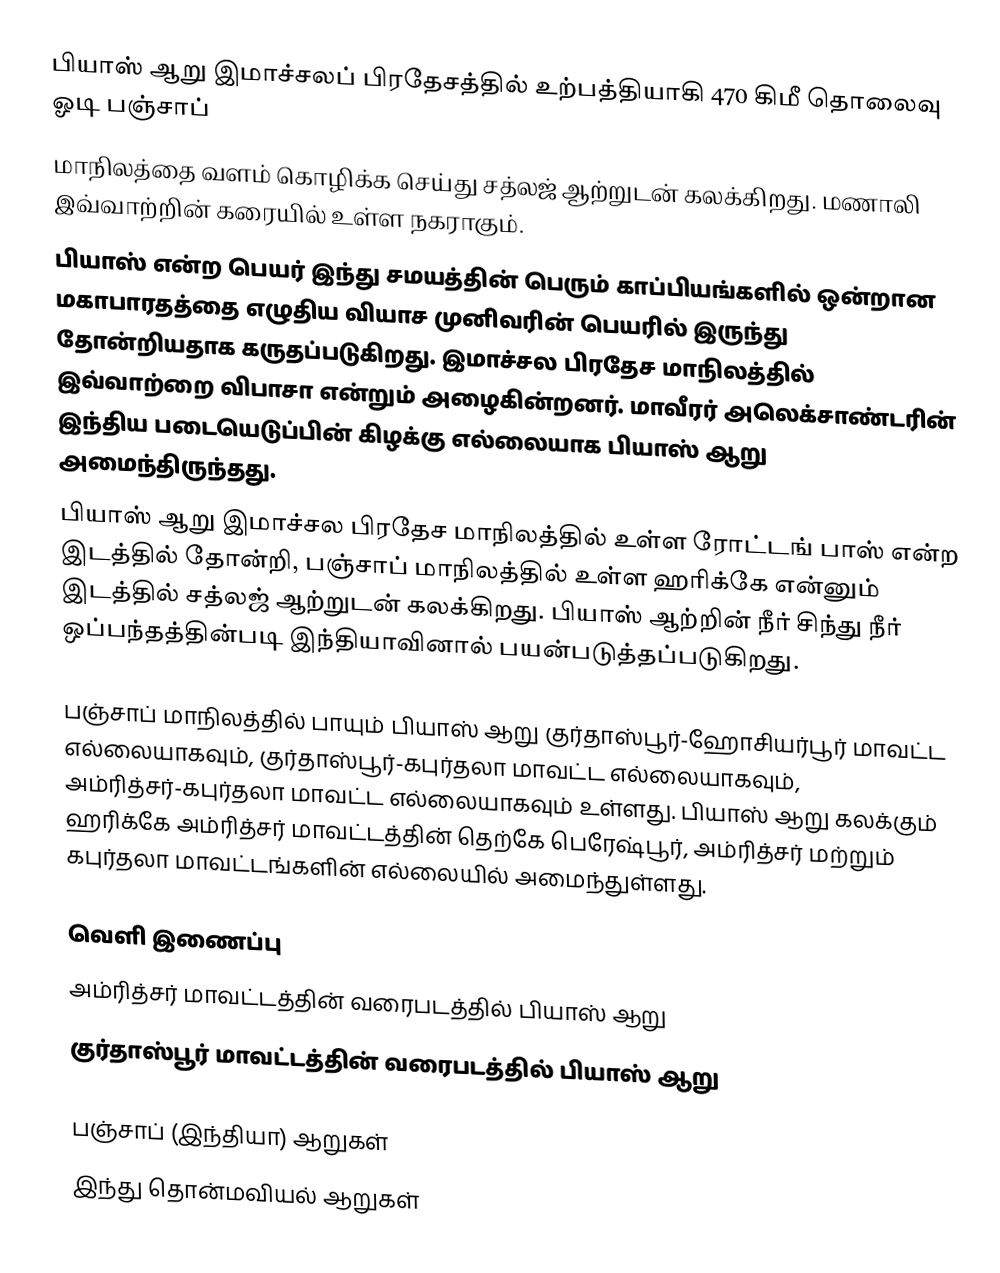
பியாஸ் ஆறு இமாச்சலப் பிரதேசத்தில் உற்பத்தியாகி 470 கிமீ தொலைவு ஓடி பஞ்சாப்
மாநிலத்தை வளம் கொழிக்க செய்து சத்லஜ் ஆற்றுடன் கலக்கிறது. மணாலி இவ்வாற்றின் கரையில் உள்ள நகராகும்.
பியாஸ் என்ற பெயர் இந்து சமயத்தின் பெரும் காப்பியங்களில் ஒன்றான மகாபாரதத்தை எழுதிய வியாச முனிவரின் பெயரில் இருந்து தோன்றியதாக கருதப்படுகிறது. இமாச்சல பிரதேச மாநிலத்தில் இவ்வாற்றை விபாசா என்றும் அழைகின்றனர். மாவீரர் அலெக்சாண்டரின் இந்திய படையெடுப்பின் கிழக்கு எல்லையாக பியாஸ் ஆறு அமைந்திருந்தது.
பியாஸ் ஆறு இமாச்சல பிரதேச மாநிலத்தில் உள்ள ரோட்டங் பாஸ் என்ற இடத்தில் தோன்றி, பஞ்சாப் மாநிலத்தில் உள்ள ஹரிக்கே என்னும் இடத்தில் சத்லஜ் ஆற்றுடன் கலக்கிறது. பியாஸ் ஆற்றின் நீர் சிந்து நீர் ஒப்பந்தத்தின்படி இந்தியாவினால் பயன்படுத்தப்படுகிறது.

பஞ்சாப் மாநிலத்தில் பாயும் பியாஸ் ஆறு குர்தாஸ்பூர்-ஹோசியர்பூர் மாவட்ட எல்லையாகவும், குர்தாஸ்பூர்-கபுர்தலா மாவட்ட எல்லையாகவும், அம்ரித்சர்-கபுர்தலா மாவட்ட எல்லையாகவும் உள்ளது. பியாஸ் ஆறு கலக்கும் ஹரிக்கே அம்ரித்சர் மாவட்டத்தின் தெற்கே பெரேஷ்பூர், அம்ரித்சர் மற்றும் கபுர்தலா மாவட்டங்களின் எல்லையில் அமைந்துள்ளது.

வெளி இணைப்பு
 அம்ரித்சர் மாவட்டத்தின் வரைபடத்தில் பியாஸ் ஆறு
 குர்தாஸ்பூர் மாவட்டத்தின் வரைபடத்தில் பியாஸ் ஆறு

பஞ்சாப் (இந்தியா) ஆறுகள்
இந்து தொன்மவியல் ஆறுகள்